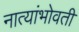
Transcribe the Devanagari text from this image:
नात्यांभोवती